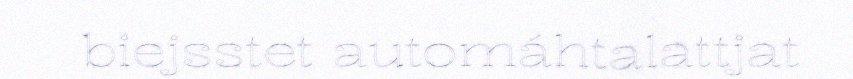
biejsstet automáhtalattjat